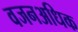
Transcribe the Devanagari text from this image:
वजनअधिक